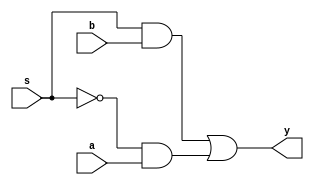
module mux_2_to_1 (
    input wire a,
    input wire b,
    input wire s,
    output wire y
);

assign y = (s & b) | (~s & a);

endmodule